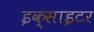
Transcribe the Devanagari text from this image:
इक्साइटर